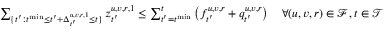
\begin{array} { r } { \sum _ { \{ t ^ { \prime } : t ^ { \mathrm { m i n } } \leq t ^ { \prime } + \Delta _ { t ^ { \prime } } ^ { u , v , r , 1 } \leq t \} } z _ { t ^ { \prime } } ^ { u , v , r , 1 } \leq \sum _ { t ^ { \prime } = t ^ { \mathrm { m i n } } } ^ { t } \left( f _ { t ^ { \prime } } ^ { u , v , r } + q _ { t ^ { \prime } } ^ { u , v , r } \right) \quad \forall ( u , v , r ) \in \mathcal { F } , t \in \mathcal { T } } \end{array}